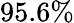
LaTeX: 95.6\%